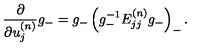
\frac { \partial } { \partial u _ { j } ^ { ( n ) } } g _ { - } = g _ { - } \left( g _ { - } ^ { - 1 } E _ { j j } ^ { ( n ) } g _ { - } \right) _ { - } .